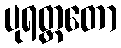
ပုရတ္ထတော